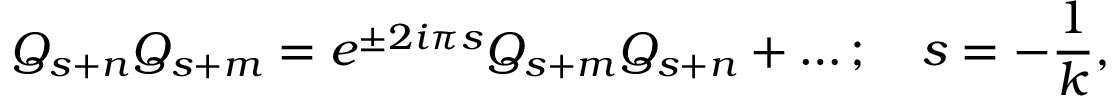
Q _ { s + n } Q _ { s + m } = e ^ { \pm 2 i { \pi } s } Q _ { s + m } Q _ { s + n } + \ldots ; \quad s = { - { \frac { 1 } { k } } } ,